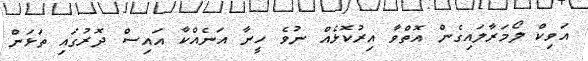
އަވިކް ލޯމަރާލައިގެން އޮތްވާ އިރުކޮޅެއް ނުވެ ހީނާ އަނެއްކާ އައިސް ދޮރުގައި ތަޅަން